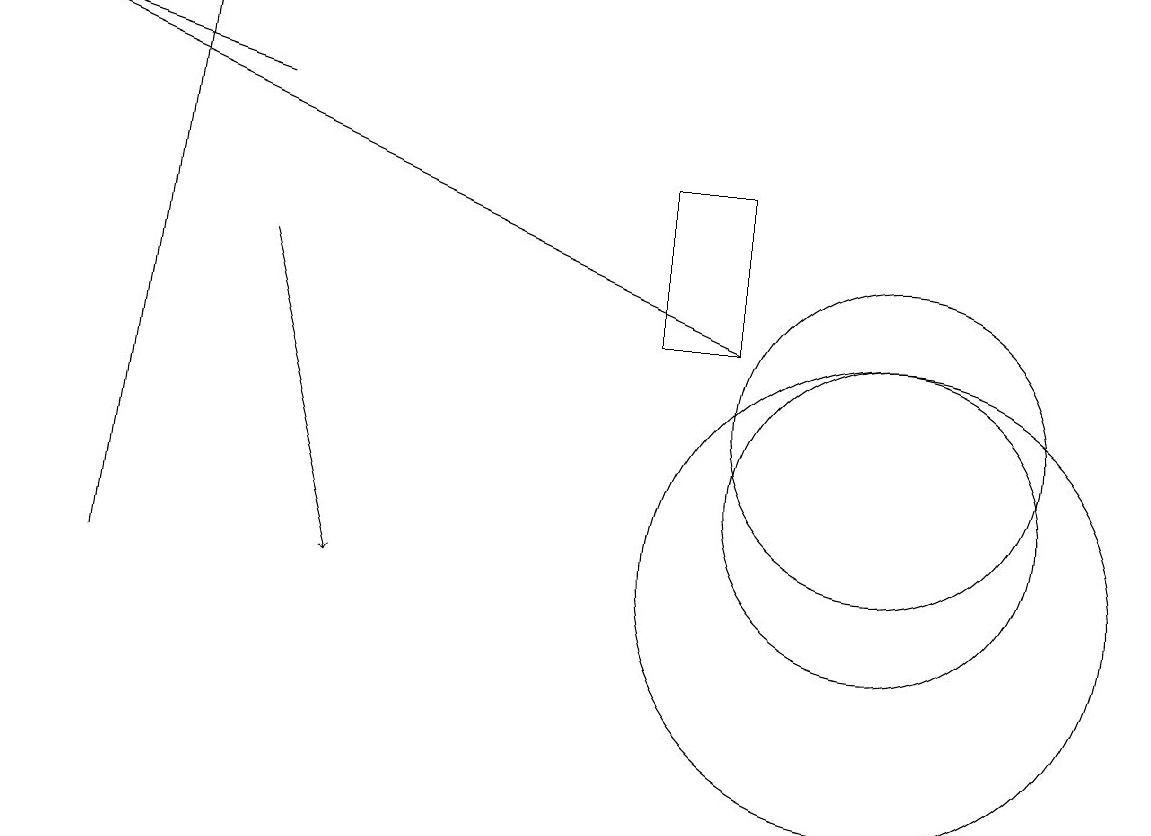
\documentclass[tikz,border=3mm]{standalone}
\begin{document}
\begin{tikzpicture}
\draw[->] (1,10) -- (2,17);
\draw[->] (3,14) -- (4,10);
\draw[->] (9,13) -- (0,17);
\draw[->] (3,16) -- (0,17);
\draw (11,11) circle (2);
\draw (11,12) circle (2);
\draw (11,10) circle (3);
\draw (8,15) rectangle (9,13);
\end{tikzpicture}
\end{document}